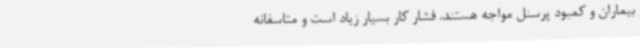
بیماران و کمبود پرسنل مواجه هستند. فشار کار بسیار زیاد است و متاسفانه